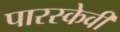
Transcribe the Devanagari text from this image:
पारस्केवी